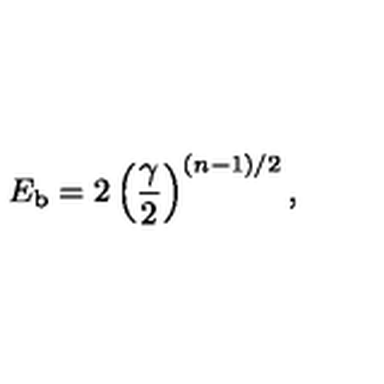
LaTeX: E _ { \mathrm { b } } = 2 \left( { \frac { \gamma } { 2 } } \right) \sp { ( n - 1 ) / 2 } ,